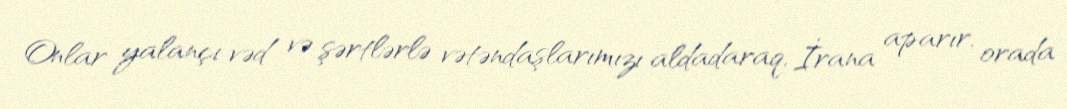
Onlar yalançı vəd və şərtlərlə vətəndaşlarımızı aldadaraq, İrana aparır, orada